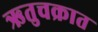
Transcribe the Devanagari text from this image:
ऋतुचक्रात